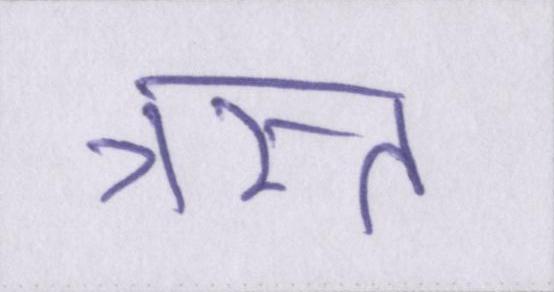
त्रस्त